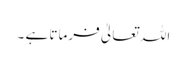
اللہ تعالیٰ فرماتا ہے ۔